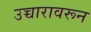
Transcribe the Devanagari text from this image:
उच्चारावरून